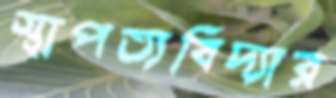
স্থাপত্যবিদ্যার